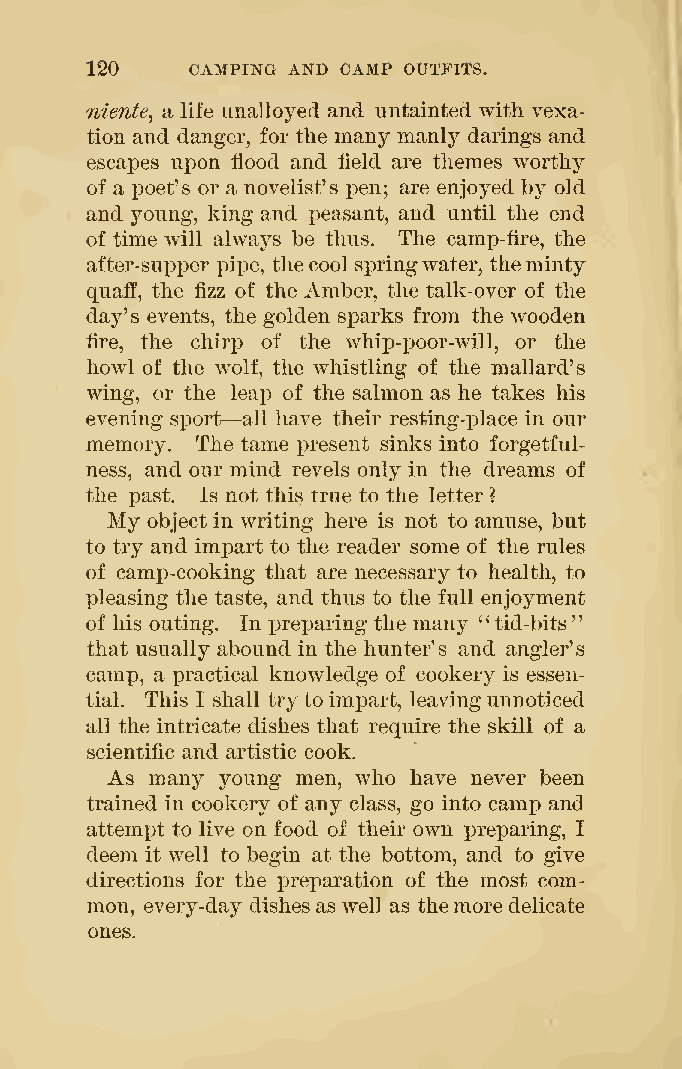
120    CAMPING ANB CAMP OUTFITS.
 niente^ a life unalloyed and untainted with vexa-
 tion and danger, for the many manly darings and
 escapes upon flood and field are themes worthy
 of a poet's or a novelist's pen; are enjoyed by old
 and young, king and peasant, and until the end
 of time will always be thus. The camp-fire, the
 after-supper pipe, thecool springwater, theminty
 quaff, the fizz of the Amber, the talk-over of the
 day's events, the golden sparks from the wooden
 fire, the chirp of the whip-poor-will, or the
 howl of the wolf, the whistling of the mallard's
 wing, or the leap of the salmon as he takes his
 —
 evening si^ort all have their resting-i3lace in our
 memory. The tame present sinks into forgetful-
 ness, and our mind revels only in the dreams of
 the past. Is not this true to the letter ?
 My
 object in writing here is not to amuse, but
 to try and impart to the reader some of the rules
 of camp-cooking that are necessary to health, to
 pleasing the taste, and thus to the full enjoyment
 of his outing. In preparing the many "tid-bits"
 that usually abound in the hunter s and angler's
 camp, a practical knowledge of cookery is essen-
 tial. This I shall tryto impart, leavingunnoticed
 all the intricate dishes that require the skill of a
 scientific and artistic cook.
 As many young men, who have never been
 trained in cookery of any class, go into camp and
 attempt to live on food of their own j)reparing, I
 deem it well to begin at the bottom, and to give
 directions for the preparation of the most com-
 mon, every-day dishes as well as themore delicate
 ones.